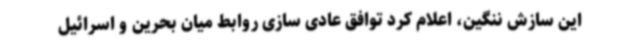
این سازش ننگین، اعلام کرد توافق عادی سازی روابط میان بحرین و اسرائیل